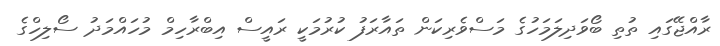
ރާއްޖޭގައި ތުތި ބޯވަދިލަމަހުގެ މަސްވެރިކަން ތައާރަފު ކުރުމަކީ ރައީސް އިބްރާހިމް މުހައްމަދު ސޯލިހްގެ